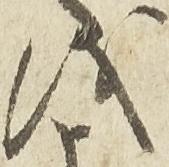
儀